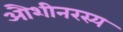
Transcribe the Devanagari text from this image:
औशीनरस्य